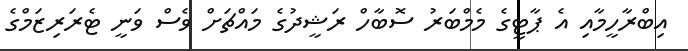
އިބްރާހީމާއި އެ ޕާޓީގެ މެމްބަރު ސޮބާހް ރަޝީދުގެ މައްޗަށް ވެސް ވަނީ ޓެރަރިޒަމްގެ